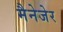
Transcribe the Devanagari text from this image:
मैनेजेर